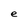
Character: e